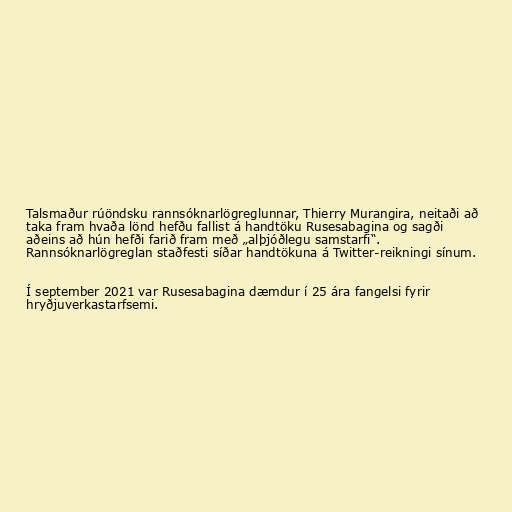
Talsmaður rúöndsku rannsóknarlögreglunnar, Thierry Murangira, neitaði að
taka fram hvaða lönd hefðu fallist á handtöku Rusesabagina og sagði
aðeins að hún hefði farið fram með „alþjóðlegu samstarfi“.
Rannsóknarlögreglan staðfesti síðar handtökuna á Twitter-reikningi sínum.

Í september 2021 var Rusesabagina dæmdur í 25 ára fangelsi fyrir
hryðjuverkastarfsemi.